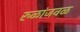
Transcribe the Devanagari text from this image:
रुळांजवळ